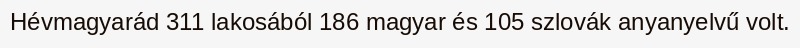
Hévmagyarád 311 lakosából 186 magyar és 105 szlovák anyanyelvű volt.